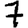
Digit: 7